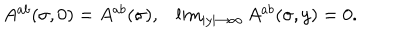
\begin{array} { l r } { { A ^ { a b } ( \sigma , 0 ) = A ^ { a b } ( \sigma ) , } } & { { \lim _ { | y | \rightarrow \infty } A ^ { a b } ( \sigma , y ) = 0 . } } \\ \end{array}